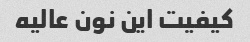
کیفیت این نون عالیه